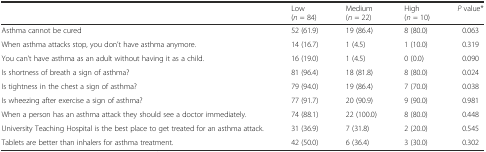
<table><thead><tr><td></td><td><b>Low(<i>n</i> = 84)</b></td><td><b>Medium(<i>n</i> = 22)</b></td><td><b>High(<i>n</i> = 10)</b></td><td><b><i>P</i> value*</b></td></tr></thead><tbody><tr><td>Asthma cannot be cured</td><td>52 (61.9)</td><td>19 (86.4)</td><td>8 (80.0)</td><td>0.063</td></tr><tr><td>When asthma attacks stop, you don’t have asthma anymore.</td><td>14 (16.7)</td><td>1 (4.5)</td><td>1 (10.0)</td><td>0.319</td></tr><tr><td>You can’t have asthma as an adult without having it as a child.</td><td>16 (19.0)</td><td>1 (4.5)</td><td>0 (0.0)</td><td>0.090</td></tr><tr><td>Is shortness of breath a sign of asthma?</td><td>81 (96.4)</td><td>18 (81.8)</td><td>8 (80.0)</td><td>0.024</td></tr><tr><td>Is tightness in the chest a sign of asthma?</td><td>79 (94.0)</td><td>19 (86.4)</td><td>7 (70.0)</td><td>0.038</td></tr><tr><td>Is wheezing after exercise a sign of asthma?</td><td>77 (91.7)</td><td>20 (90.9)</td><td>9 (90.0)</td><td>0.981</td></tr><tr><td>When a person has an asthma attack they should see a doctor immediately.</td><td>74 (88.1)</td><td>22 (100.0)</td><td>8 (80.0)</td><td>0.448</td></tr><tr><td>University Teaching Hospital is the best place to get treated for an asthma attack.</td><td>31 (36.9)</td><td>7 (31.8)</td><td>2 (20.0)</td><td>0.545</td></tr><tr><td>Tablets are better than inhalers for asthma treatment.</td><td>42 (50.0)</td><td>6 (36.4)</td><td>3 (30.0)</td><td>0.302</td></tr></tbody></table>